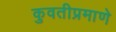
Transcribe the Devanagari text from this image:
कुवतीप्रमाणे